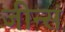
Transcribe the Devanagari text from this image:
जीन्सं